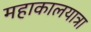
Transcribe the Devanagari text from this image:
महाकालयात्रा